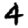
Digit: 4